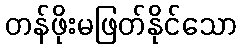
တန်ဖိုးမဖြတ်နိုင်သော